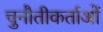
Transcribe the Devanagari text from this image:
चुनौतीकर्ताओं